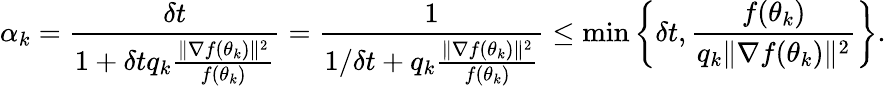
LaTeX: \alpha_{k}=\frac{\delta t}{1+\delta tq_{k}\frac{\| \nabla f(\theta_{k})\| ^{2}}{f(\theta_{k})}}=\frac{1}{1/\delta t+q_{k}\frac{\| \nabla f(\theta_{k})\| ^{2}}{f(\theta_{k})}}\leq\operatorname*{min}\left\{ \delta t,\frac{f(\theta_{k})}{q_{k}\| \nabla f(\theta_{k})\| ^{2}}\right\} .